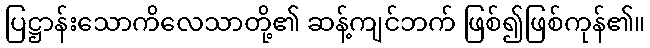
ပြဋ္ဌာန်းသောကိလေသာတို့၏ ဆန့်ကျင်ဘက် ဖြစ်၍ဖြစ်ကုန်၏။